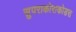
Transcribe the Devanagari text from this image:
सुपराकोराकोडस